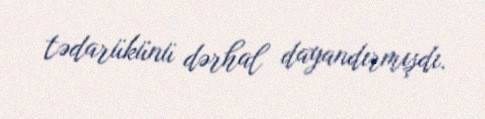
tədarükünü dərhal dayandırmışdı.